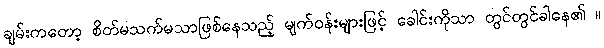
ချမ်းကတော့ စိတ်မသက်မသာဖြစ်နေသည့် မျက်ဝန်းများဖြင့် ခေါင်းကိုသာ တွင်တွင်ခါနေ၏ ။